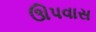
ઊપવાસ